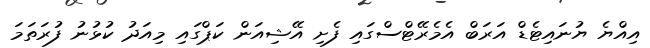
އިއްޔެ ޔުނައިޓެޑް އަރަބް އެމެރޭޓްސްގައި ފެށި އޭޝިއަން ކަޕްގައި މިއަދު ކުޅުނު ފުރަތަމަ